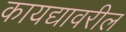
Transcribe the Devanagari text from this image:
कायद्यावरील